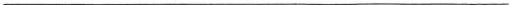
___